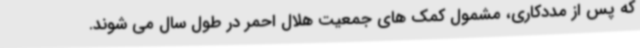
که پس از مددکاری، مشمول کمک های جمعیت هلال احمر در طول سال می شوند.